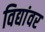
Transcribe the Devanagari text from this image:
विद्यांवर